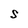
Character: S